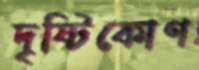
দৃষ্টিকোণ